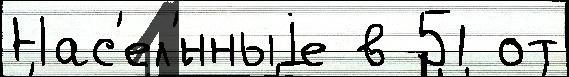
Нас'ел'́нныjе в 51 от